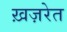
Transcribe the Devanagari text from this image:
ख़ज़रेत